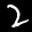
Label: 2